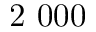
2 ~ 0 0 0